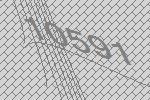
10591